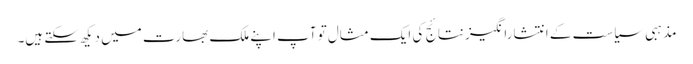
مذہبی سیاست کے انتشارانگیز نتائج کی ایک مثال تو آپ اپنے ملک بھارت میں دیکھ سکتے ہیں۔